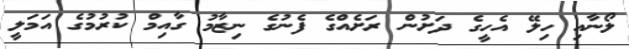
ލޯނާއި ހިލޭ އެހީގެ ދަށުން ރަށެއްގެ ފެނުގެ ނިޒާމު ގާއިމް ކުރުމުގެ އަމަލީ